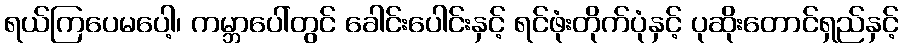
ရယ်ကြပေမပေါ့၊ ကမ္ဘာပေါ်တွင် ခေါင်းပေါင်းနှင့် ရင်ဖုံးတိုက်ပုံနှင့် ပုဆိုးတောင်ရှည်နှင့်